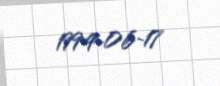
1994-06-17